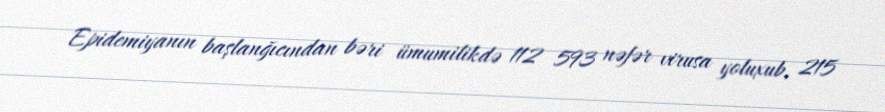
Epidemiyanın başlanğıcından bəri ümumilikdə 112 593 nəfər virusa yoluxub, 215